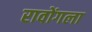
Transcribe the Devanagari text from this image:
रावोंगला